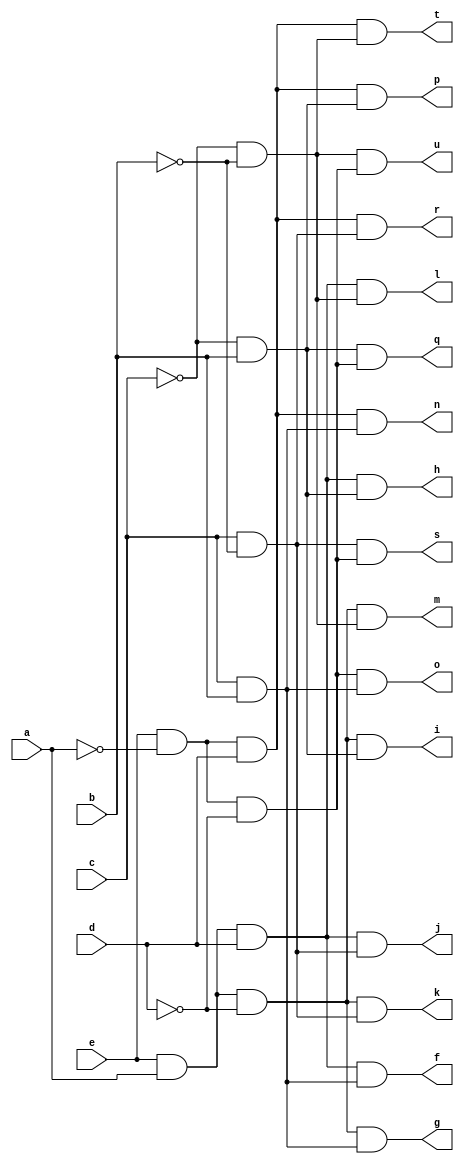
// IWLS benchmark module "decod" printed on Wed May 29 16:32:29 2002
module decod(a, b, c, d, e, f, g, h, i, j, k, l, m, n, o, p, q, r, s, t, u);
input
  a,
  b,
  c,
  d,
  e;
output
  f,
  g,
  h,
  i,
  j,
  k,
  l,
  m,
  n,
  o,
  p,
  q,
  r,
  s,
  t,
  u;
wire
  \[13] ,
  \[14] ,
  \[15] ,
  n0,
  \[16] ,
  o0,
  \[17] ,
  \[18] ,
  \[19] ,
  \[0] ,
  \[1] ,
  \[2] ,
  \[3] ,
  \[4] ,
  \[5] ,
  \[20] ,
  \[6] ,
  \[21] ,
  \[7] ,
  \[22] ,
  \[8] ,
  \[10] ,
  \[23] ,
  \[9] ,
  \[11] ,
  \[12] ;
assign
  \[13]  = \[18]  & \[17] ,
  \[14]  = \[23]  & \[20] ,
  \[15]  = \[20]  & \[17] ,
  n0 = e & ~a,
  \[16]  = c & b,
  o0 = e & a,
  \[17]  = n0 & ~d,
  \[18]  = c & ~b,
  f = \[0] ,
  g = \[1] ,
  h = \[2] ,
  i = \[3] ,
  j = \[4] ,
  k = \[5] ,
  l = \[6] ,
  m = \[7] ,
  n = \[8] ,
  o = \[9] ,
  \[19]  = ~c & b,
  p = \[10] ,
  q = \[11] ,
  r = \[12] ,
  s = \[13] ,
  t = \[14] ,
  u = \[15] ,
  \[0]  = \[21]  & \[16] ,
  \[1]  = \[22]  & \[16] ,
  \[2]  = \[21]  & \[19] ,
  \[3]  = \[22]  & \[19] ,
  \[4]  = \[21]  & \[18] ,
  \[5]  = \[22]  & \[18] ,
  \[20]  = ~c & ~b,
  \[6]  = \[21]  & \[20] ,
  \[21]  = o0 & d,
  \[7]  = \[22]  & \[20] ,
  \[22]  = o0 & ~d,
  \[8]  = \[23]  & \[16] ,
  \[10]  = \[23]  & \[19] ,
  \[23]  = n0 & d,
  \[9]  = \[17]  & \[16] ,
  \[11]  = \[19]  & \[17] ,
  \[12]  = \[23]  & \[18] ;
endmodule